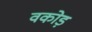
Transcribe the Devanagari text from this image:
वकोड़